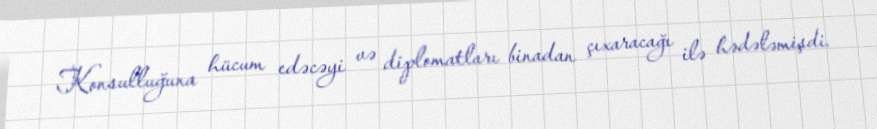
Konsulluğuna hücum edəcəyi və diplomatları binadan çıxaracağı ilə hədələmişdi.